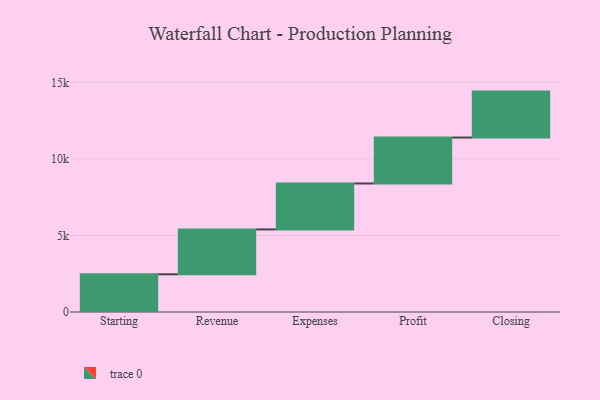
{"axis": {"x": "Step", "y": "Value"}, "legend": [""], "data": [{"x": "Starting", "y": 2462.0, "type": ""}, {"x": "Revenue", "y": 2931.0, "type": ""}, {"x": "Expenses", "y": 3000, "type": ""}, {"x": "Profit", "y": 3000, "type": ""}, {"x": "Closing", "y": 3000, "type": ""}]}